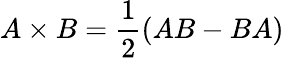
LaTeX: A\times B={\frac{1}{2}}(AB-BA)